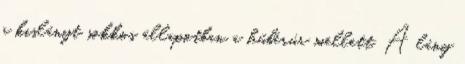
a kislányt sokkos állapotban a hűbérúr mellett. A lány